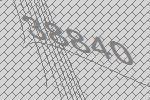
38840